Annual report on the health of the army in India
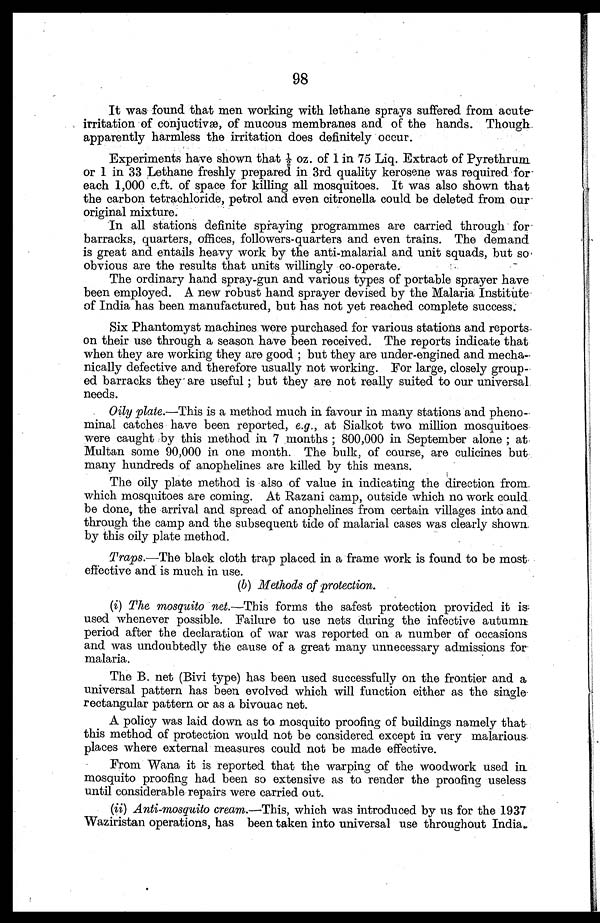
98
It was found that men working with lethane sprays suffered from acute
irritation of conjuctivæ, of mucous membranes and of the hands. Though
apparently harmless the irritation does definitely occur.
Experiments have shown that ½ oz. of 1 in 75 Liq. Extract of Pyrethrum
or 1 in 33 Lethane freshly prepared in 3rd quality kerosene was required for
each 1,000 c.ft. of space for killing all mosquitoes. It was also shown that
the carbon tetrachloride, petrol and even citronella could be deleted from our
original mixture.
In all stations definite spraying programmes are carried through for
barracks, quarters, offices, followers-quarters and even trains. The demand
is great and entails heavy work by the anti-malarial and unit squads, but so
obvious are the results that units willingly co-operate.
The ordinary hand spray-gun and various types of portable sprayer have
been employed. A new robust hand sprayer devised by the Malaria Institute
of India has been manufactured, but has not yet reached complete success.
Six Phantomyst machines were purchased for various stations and reports
on their use through a season have been received. The reports indicate that
when they are working they are good ; but they are under-engined and mecha
-nically defective and therefore usually not working. For large, closely group
-ed barracks they . are useful ; but they are not really suited to our universal
needs.
Oily plate.—This is a method much in favour in many stations and pheno
- m i n a l c a t c h e s h a v e b e e n r e p o r t e d ,e
. g . ,a
t S i a l k o t t w o m i l l i o n m o s q u i t o e s
were caught by this method in 7 months ; 800,000 in September alone ; at
Multan some 90,000 in one month. The bulk, of course, are culicines but
many hundreds of anophelines are killed by this means.
The oily plate method is also of value in indicating the direction from
which mosquitoes are coming. At Razani camp, outside which no work could
be done, the arrival and spread of anophelines from certain villages into and
through the camp and the subsequent tide of malarial cases was clearly shown
by this oily plate method.
Traps.—The black cloth trap placed in a frame work is found to be most
effective and is much in use.
( b ) Methods of protection.
(i) The mosquito net .—This forms the safest protection provided it is
used whenever possible. Failure to use nets during the infective autumn
period after the declaration of war was reported on a number of occasions
and was undoubtedly the cause of a great many unnecessary admissions for
malaria.
The B. net (Bivi type) has been used successfully on the frontier and a
universal pattern has been evolved which will function either as the single
rectangular pattern or as a bivouac net.
A policy was laid down as to mosquito proofing of buildings namely that
this method of protection would not be considered except in very malarious
places where external measures could not be made effective.
From Wana it is reported that the warping of the woodwork used in
mosquito proofing had been so extensive as to render the proofing useless
until considerable repairs were carried out.
(ii) Anti-mosquito cream .—This, which was introduced by us for the 1937
Waziristan operations, has been taken into universal use throughout India.